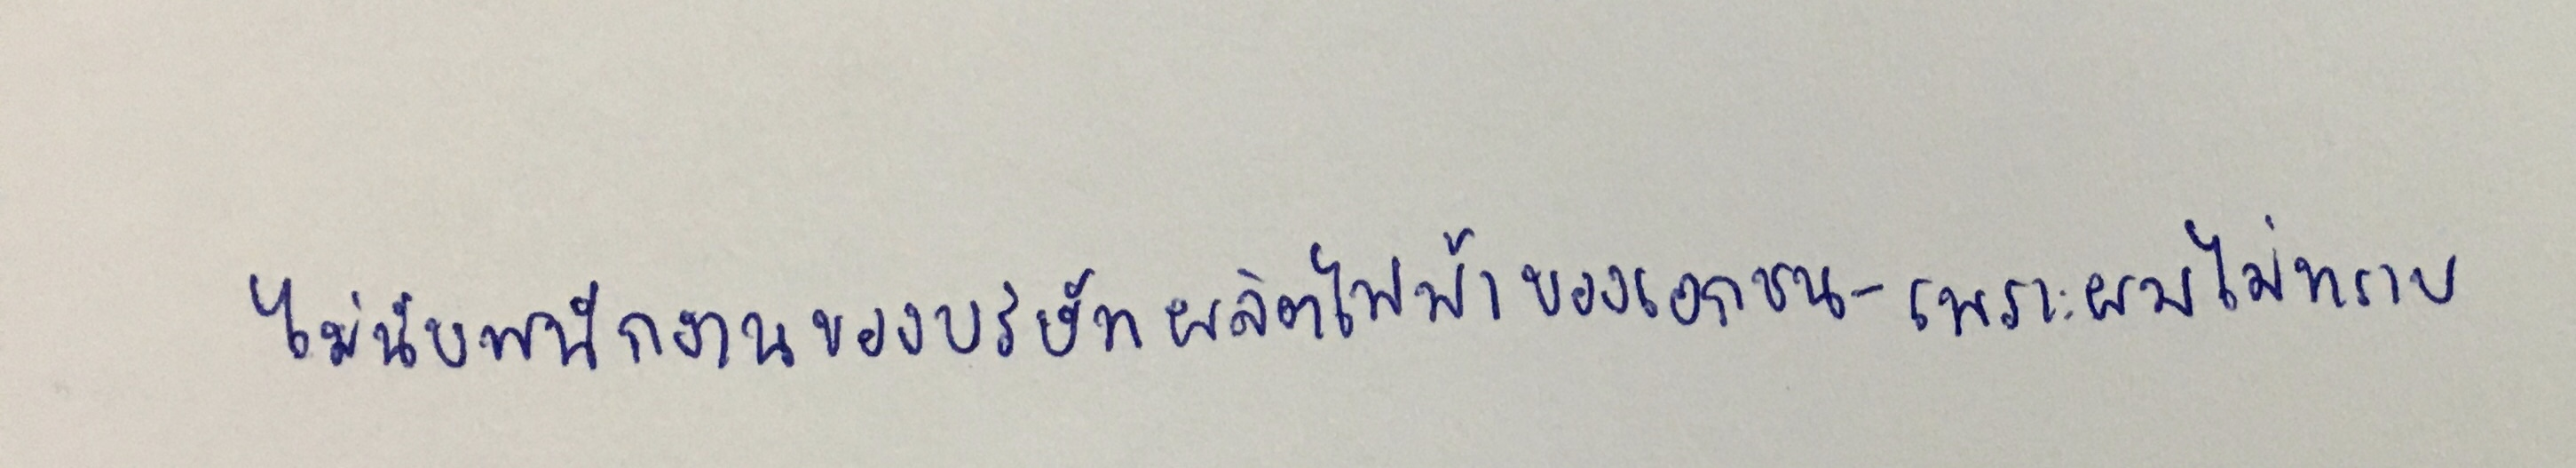
(ไม่นับพนักงานของบริษัทผลิตไฟฟ้าของเอกชน-เพราะผมไม่ทราบ